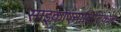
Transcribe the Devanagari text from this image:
साइकोएनालिटिकल